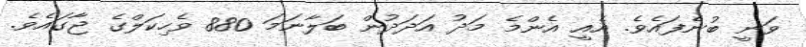
ވަނީ ބުނެފައެވެ. އެއީ އެންމެ މަދު އަދަދުން ބަލާނަމަ 880 ވެހިކަލްގެ ޖާގައެވެ.